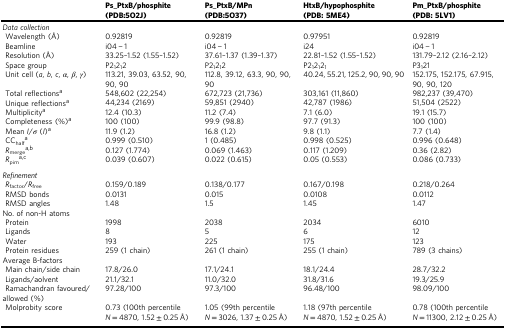
<table><thead><tr><td></td><td><b>Ps_PtxB/phosphite (PDB:5O2J)</b></td><td><b>Ps_PtxB/MPn (PDB:5O37)</b></td><td><b>HtxB/hypophosphite (PDB: 5ME4)</b></td><td><b>Pm_PtxB/phosphite (PDB: 5LV1)</b></td></tr></thead><tbody><tr><td colspan="5"><i>Data collection</i></td></tr><tr><td> Wavelength (Å)</td><td>0.92819</td><td>0.92819</td><td>0.97951</td><td>0.92819</td></tr><tr><td> Beamline</td><td>i04 − 1</td><td>i04 − 1</td><td>i24</td><td>i04 − 1</td></tr><tr><td> Resolution (Å)</td><td>33.25–1.52 (1.55–1.52)</td><td>37.61–1.37 (1.39–1.37)</td><td>22.81–1.52 (1.55–1.52)</td><td>131.79–2.12 (2.16–2.12)</td></tr><tr><td> Space group</td><td>P2<sub>1</sub>2<sub>1</sub>2</td><td>P2<sub>1</sub>2<sub>1</sub>2</td><td>P2<sub>1</sub>2<sub>1</sub>2<sub>1</sub></td><td>P3<sub>1</sub>21</td></tr><tr><td> Unit cell (<i>a</i>, <i>b</i>, <i>c</i>, <i>α</i>, <i>β</i>, <i>γ</i>)</td><td>113.21, 39.03, 63.52, 90, 90, 90</td><td>112.8, 39.12, 63.3, 90, 90, 90</td><td>40.24, 55.21, 125.2, 90, 90, 90</td><td>152.175, 152.175, 67.915, 90, 90, 120</td></tr><tr><td> Total reflections<sup>a</sup></td><td>548,602 (22,254)</td><td>672,723 (21,736)</td><td>303,161 (11,860)</td><td>982,237 (39,470)</td></tr><tr><td> Unique reflections<sup>a</sup></td><td>44,234 (2169)</td><td>59,851 (2940)</td><td>42,787 (1986)</td><td>51,504 (2522)</td></tr><tr><td> Multiplicity<sup>a</sup></td><td>12.4 (10.3)</td><td>11.2 (7.4)</td><td>7.1 (6.0)</td><td>19.1 (15.7)</td></tr><tr><td> Completeness (%)<sup>a</sup></td><td>100 (100)</td><td>99.9 (98.8)</td><td>97.7 (91.3)</td><td>100 (100)</td></tr><tr><td> Mean <i>I</i>/<i>σ</i> (<i>I</i>)<sup>a</sup></td><td>11.9 (1.2)</td><td>16.8 (1.2)</td><td>9.8 (1.1)</td><td>7.7 (1.4)</td></tr><tr><td> CC<sub>half</sub><sup>a</sup></td><td>0.999 (0.510)</td><td>1 (0.485)</td><td>0.998 (0.525)</td><td>0.996 (0.648)</td></tr><tr><td> <i>R</i><sub>merge</sub><sup>a,b</sup></td><td>0.127 (1.774)</td><td>0.069 (1.463)</td><td>0.117 (1.209)</td><td>0.36 (2.82)</td></tr><tr><td> <i>R</i><sub>pim</sub><sup>a,c</sup></td><td>0.039 (0.607)</td><td>0.022 (0.615)</td><td>0.05 (0.553)</td><td>0.086 (0.733)</td></tr><tr><td colspan="5"><i>Refinement</i></td></tr><tr><td> <i>R</i><sub>factor</sub>/<i>R</i><sub>free</sub></td><td>0.159/0.189</td><td>0.138/0.177</td><td>0.167/0.198</td><td>0.218/0.264</td></tr><tr><td> RMSD bonds</td><td>0.0131</td><td>0.015</td><td>0.0108</td><td>0.0112</td></tr><tr><td> RMSD angles</td><td>1.48</td><td>1.5</td><td>1.45</td><td>1.47</td></tr><tr><td colspan="5">No. of non-H atoms</td></tr><tr><td> Protein</td><td>1998</td><td>2038</td><td>2034</td><td>6010</td></tr><tr><td> Ligands</td><td>8</td><td>5</td><td>6</td><td>12</td></tr><tr><td> Water</td><td>193</td><td>225</td><td>175</td><td>123</td></tr><tr><td> Protein residues</td><td>259 (1 chain)</td><td>261 (1 chain)</td><td>255 (1 chain)</td><td>789 (3 chains)</td></tr><tr><td colspan="5">Average B-factors</td></tr><tr><td> Main chain/side chain</td><td>17.8/26.0</td><td>17.1/24.1</td><td>18.1/24.4</td><td>28.7/32.2</td></tr><tr><td> Ligands/aolvent</td><td>21.1/32.1</td><td>11.0/32.0</td><td>31.8/31.6</td><td>19.3/25.9</td></tr><tr><td> Ramachandran favoured/allowed (%)</td><td>97.28/100</td><td>97.3/100</td><td>96.48/100</td><td>98.09/100</td></tr><tr><td> Molprobity score</td><td>0.73 (100th percentile <i>N</i> = 4870, 1.52 ± 0.25 Å)</td><td>1.05 (99th percentile <i>N</i> = 3026, 1.37 ± 0.25 Å)</td><td>1.18 (97th percentile <i>N</i> = 4870, 1.52 ± 0.25 Å)</td><td>0.78 (100th percentile <i>N</i> = 11300, 2.12 ± 0.25 Å)</td></tr></tbody></table>